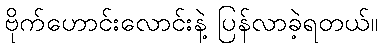
ဗိုက်ဟောင်းလောင်းနဲ့ ပြန်လာခဲ့ရတယ်။